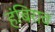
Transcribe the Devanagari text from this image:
हंबिराव